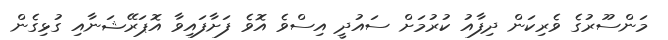
މަންސޫރުގެ ވެރިކަން ދިފާއު ކުރުމަށް ސައުދީ އިސްވެ އޮވެ ފަށާފައިވާ އޮޕަރޭޝަނާއި ގުޅިގެން